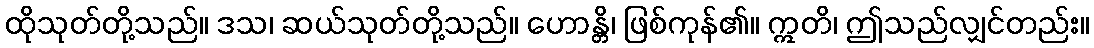
ထိုသုတ်တို့သည်။ ဒသ၊ ဆယ်သုတ်တို့သည်။ ဟောန္တိ၊ ဖြစ်ကုန်၏။ ဣတိ၊ ဤသည်လျှင်တည်း။